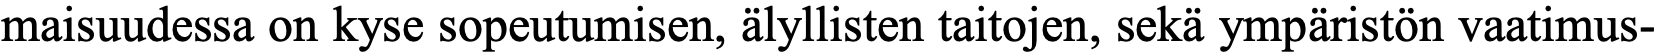
maisuudessa on kyse sopeutumisen, älyllisten taitojen, sekä ympäristön vaatimus-